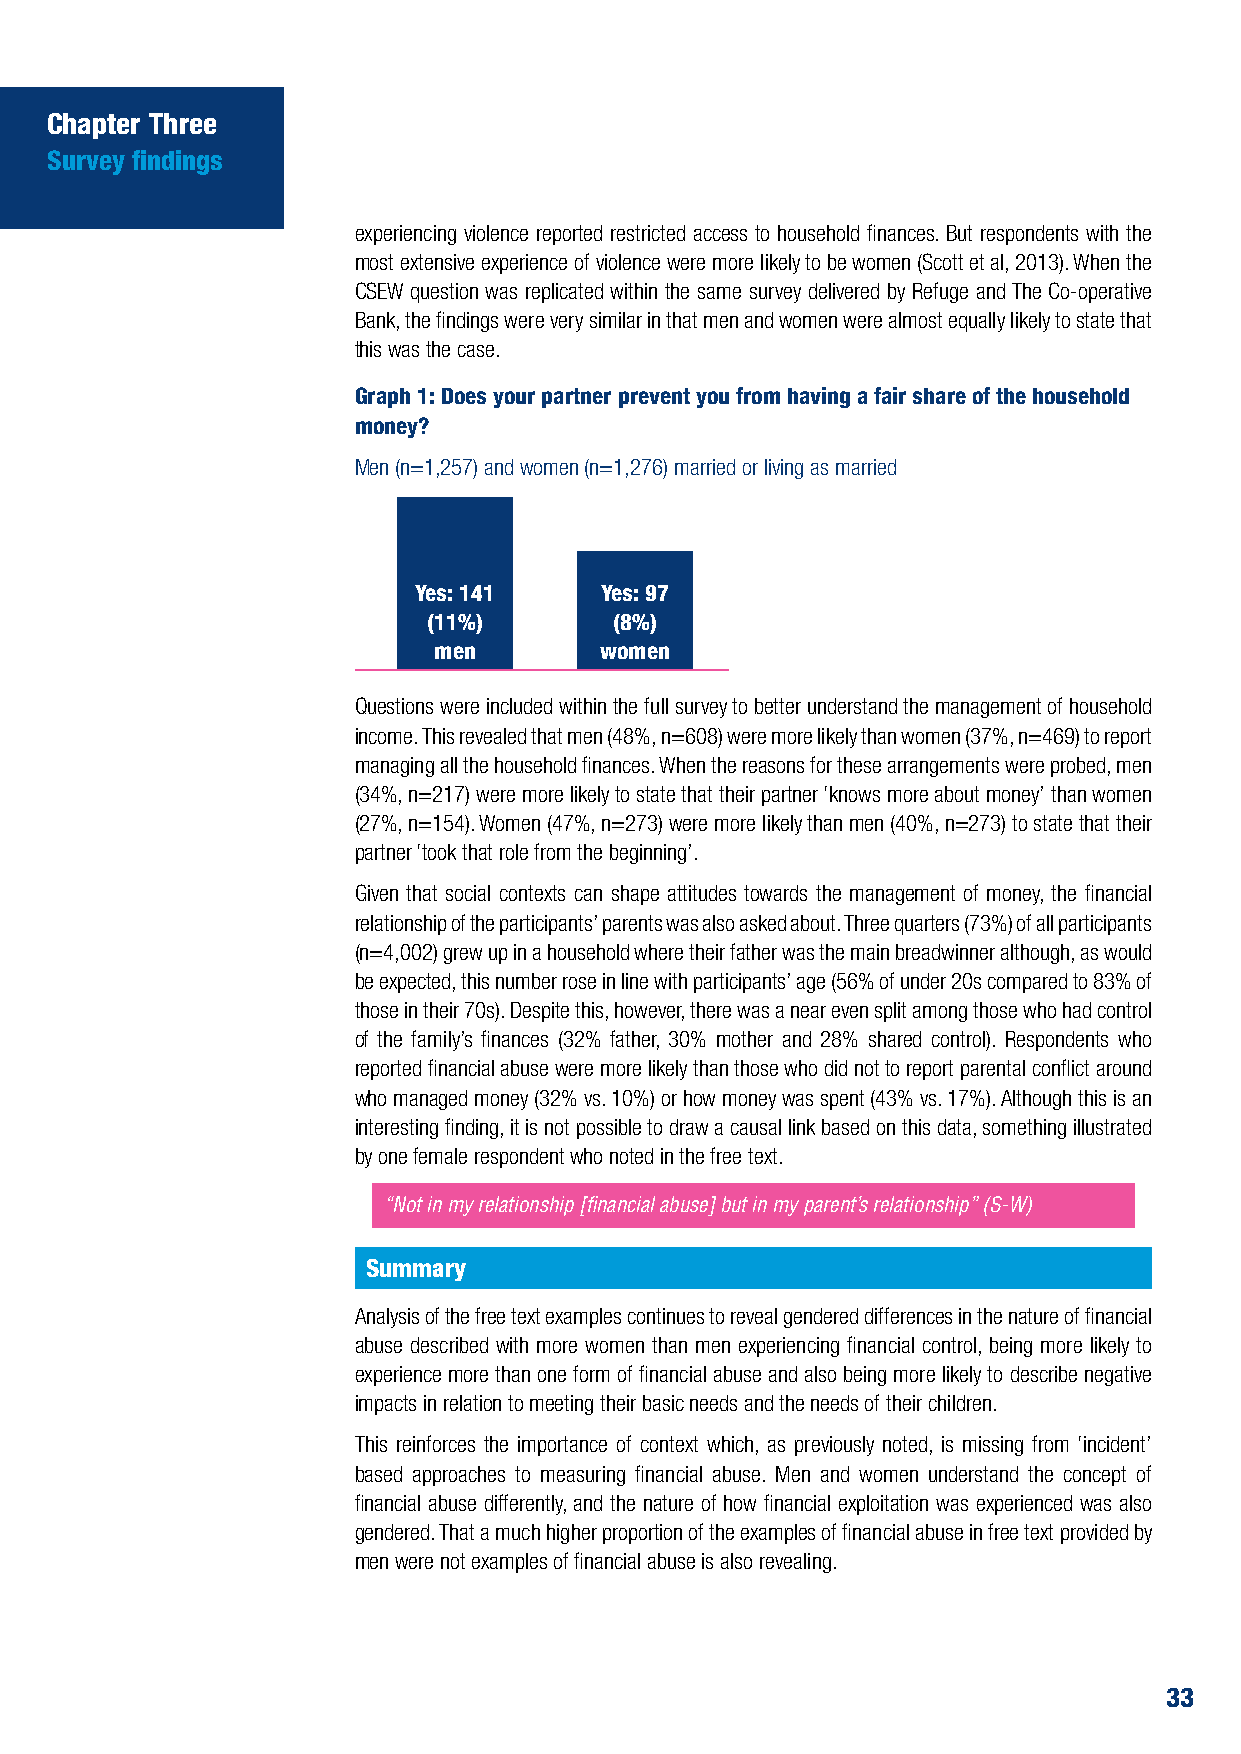
Chapter Three
 Survey findings
 experiencing violence reported restricted access to household finances. But respondents with the
 most extensive experience of violence were more likely to be women (Scott et al, 2013). When the
 CSEW question was replicated within the same survey delivered by Refuge and The Co-operative
 Bank, the findings were very similar in that men and women were almost equally likely to state that
 this was the case.
 Graph 1: Does your partner prevent you from having a fair share of the household
 money?
 Men (n=1,257) and women (n=1,276) married or living as married
 Yes: 141     Yes: 97
 (11%)        (8%)
 men        women
 Questions were included within the full survey to better understand the management of household
 income. This revealed that men (48%, n=608) were more likely than women (37%, n=469) to report
 managing all the household finances. When the reasons for these arrangements were probed, men
 (34%, n=217) were more likely to state that their partner ‘knows more about money’ than women
 (27%, n=154). Women (47%, n=273) were more likely than men (40%, n=273) to state that their
 partner ‘took that role from the beginning’.
 Given that social contexts can shape attitudes towards the management of money, the financial
 relationship of the participants’ parents was also asked about. Three quarters (73%) of all participants
 (n=4,002) grew up in a household where their father was the main breadwinner although, as would
 be expected, this number rose in line with participants’ age (56% of under 20s compared to 83% of
 those in their 70s). Despite this, however, there was a near even split among those who had control
 of the family’s finances (32% father, 30% mother and 28% shared control). Respondents who
 reported financial abuse were more likely than those who did not to report parental conflict around
 who managed money (32% vs. 10%) or how money was spent (43% vs. 17%). Although this is an
 interesting finding, it is not possible to draw a causal link based on this data, something illustrated
 by one female respondent who noted in the free text.
 “Not in my relationship [financial abuse] but in my parent’s relationship” (S-W)
 Summary
 Analysis of the free text examples continues to reveal gendered differences in the nature of financial
 abuse described with more women than men experiencing financial control, being more likely to
 experience more than one form of financial abuse and also being more likely to describe negative
 impacts in relation to meeting their basic needs and the needs of their children.
 This reinforces the importance of context which, as previously noted, is missing from ‘incident’
 based approaches to measuring financial abuse. Men and women understand the concept of
 financial abuse differently, and the nature of how financial exploitation was experienced was also
 gendered. That a much higher proportion of the examples of financial abuse in free text provided by
 men were not examples of financial abuse is also revealing.
 33